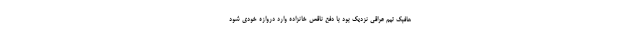
هافبک تیم عراقی نزدیک بود با دفع ناقص خانزاده وارد دروازه خودی شود